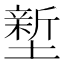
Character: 𭏻